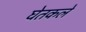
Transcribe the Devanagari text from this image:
घेतकले